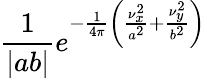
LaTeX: {\frac{1}{|ab|}}e^{-{\frac{1}{4\pi}}\left({\frac{\nu_{x}^{2}}{a^{2}}}+{\frac{\nu_{y}^{2}}{b^{2}}}\right)}